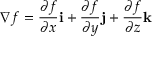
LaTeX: \nabla f = { \frac { \partial f } { \partial x } } \mathbf { i } + { \frac { \partial f } { \partial y } } \mathbf { j } + { \frac { \partial f } { \partial z } } \mathbf { k }